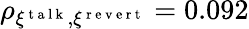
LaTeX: \rho_{\xi^{\mathrm{~t~a~l~k~}},\xi^{\mathrm{~r~e~v~e~r~t~}}}=0.092